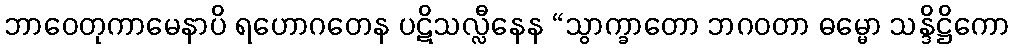
ဘာဝေတုကာမေနာပိ ရဟောဂတေန ပဋိသလ္လီနေန “သွာက္ခာတော ဘဂဝတာ ဓမ္မော သန္ဒိဋ္ဌိကော